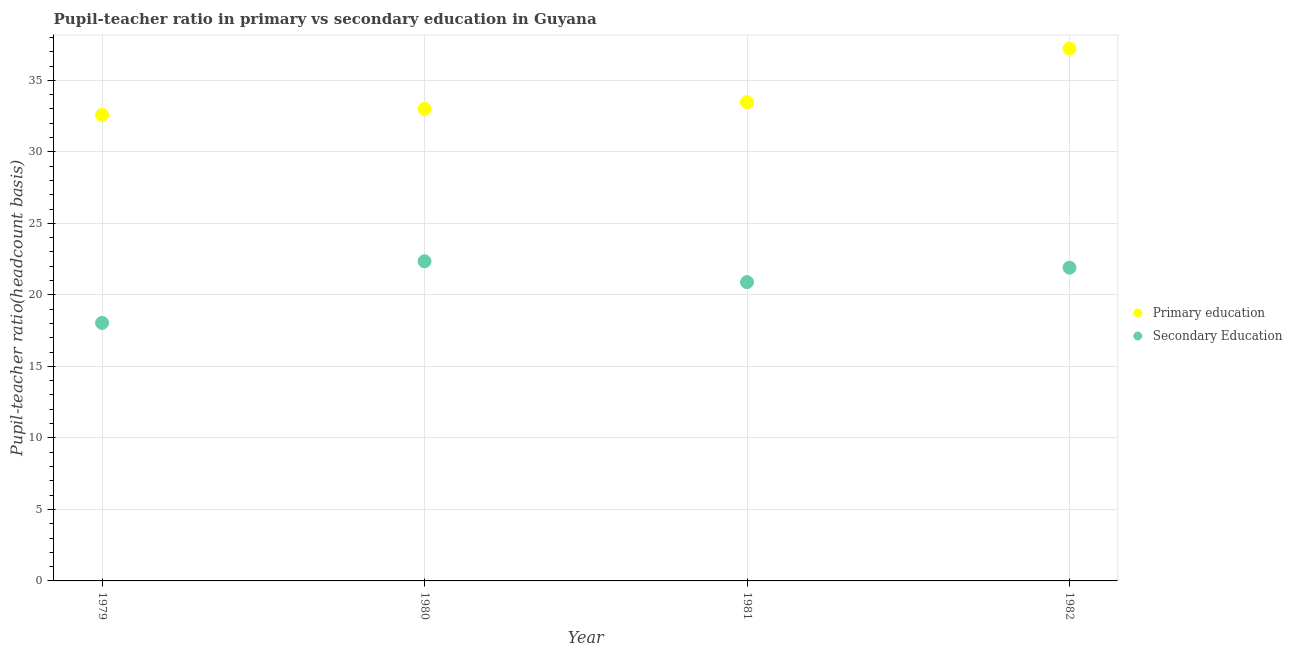
| Year | Primary education | Secondary Education |
 | --- | --- | --- |
 | 1979 | 32.6 | 18 |
 | 1980 | 33 | 22.3 |
 | 1981 | 33.5 | 20.9 |
 | 1982 | 37.2 | 21.9 |